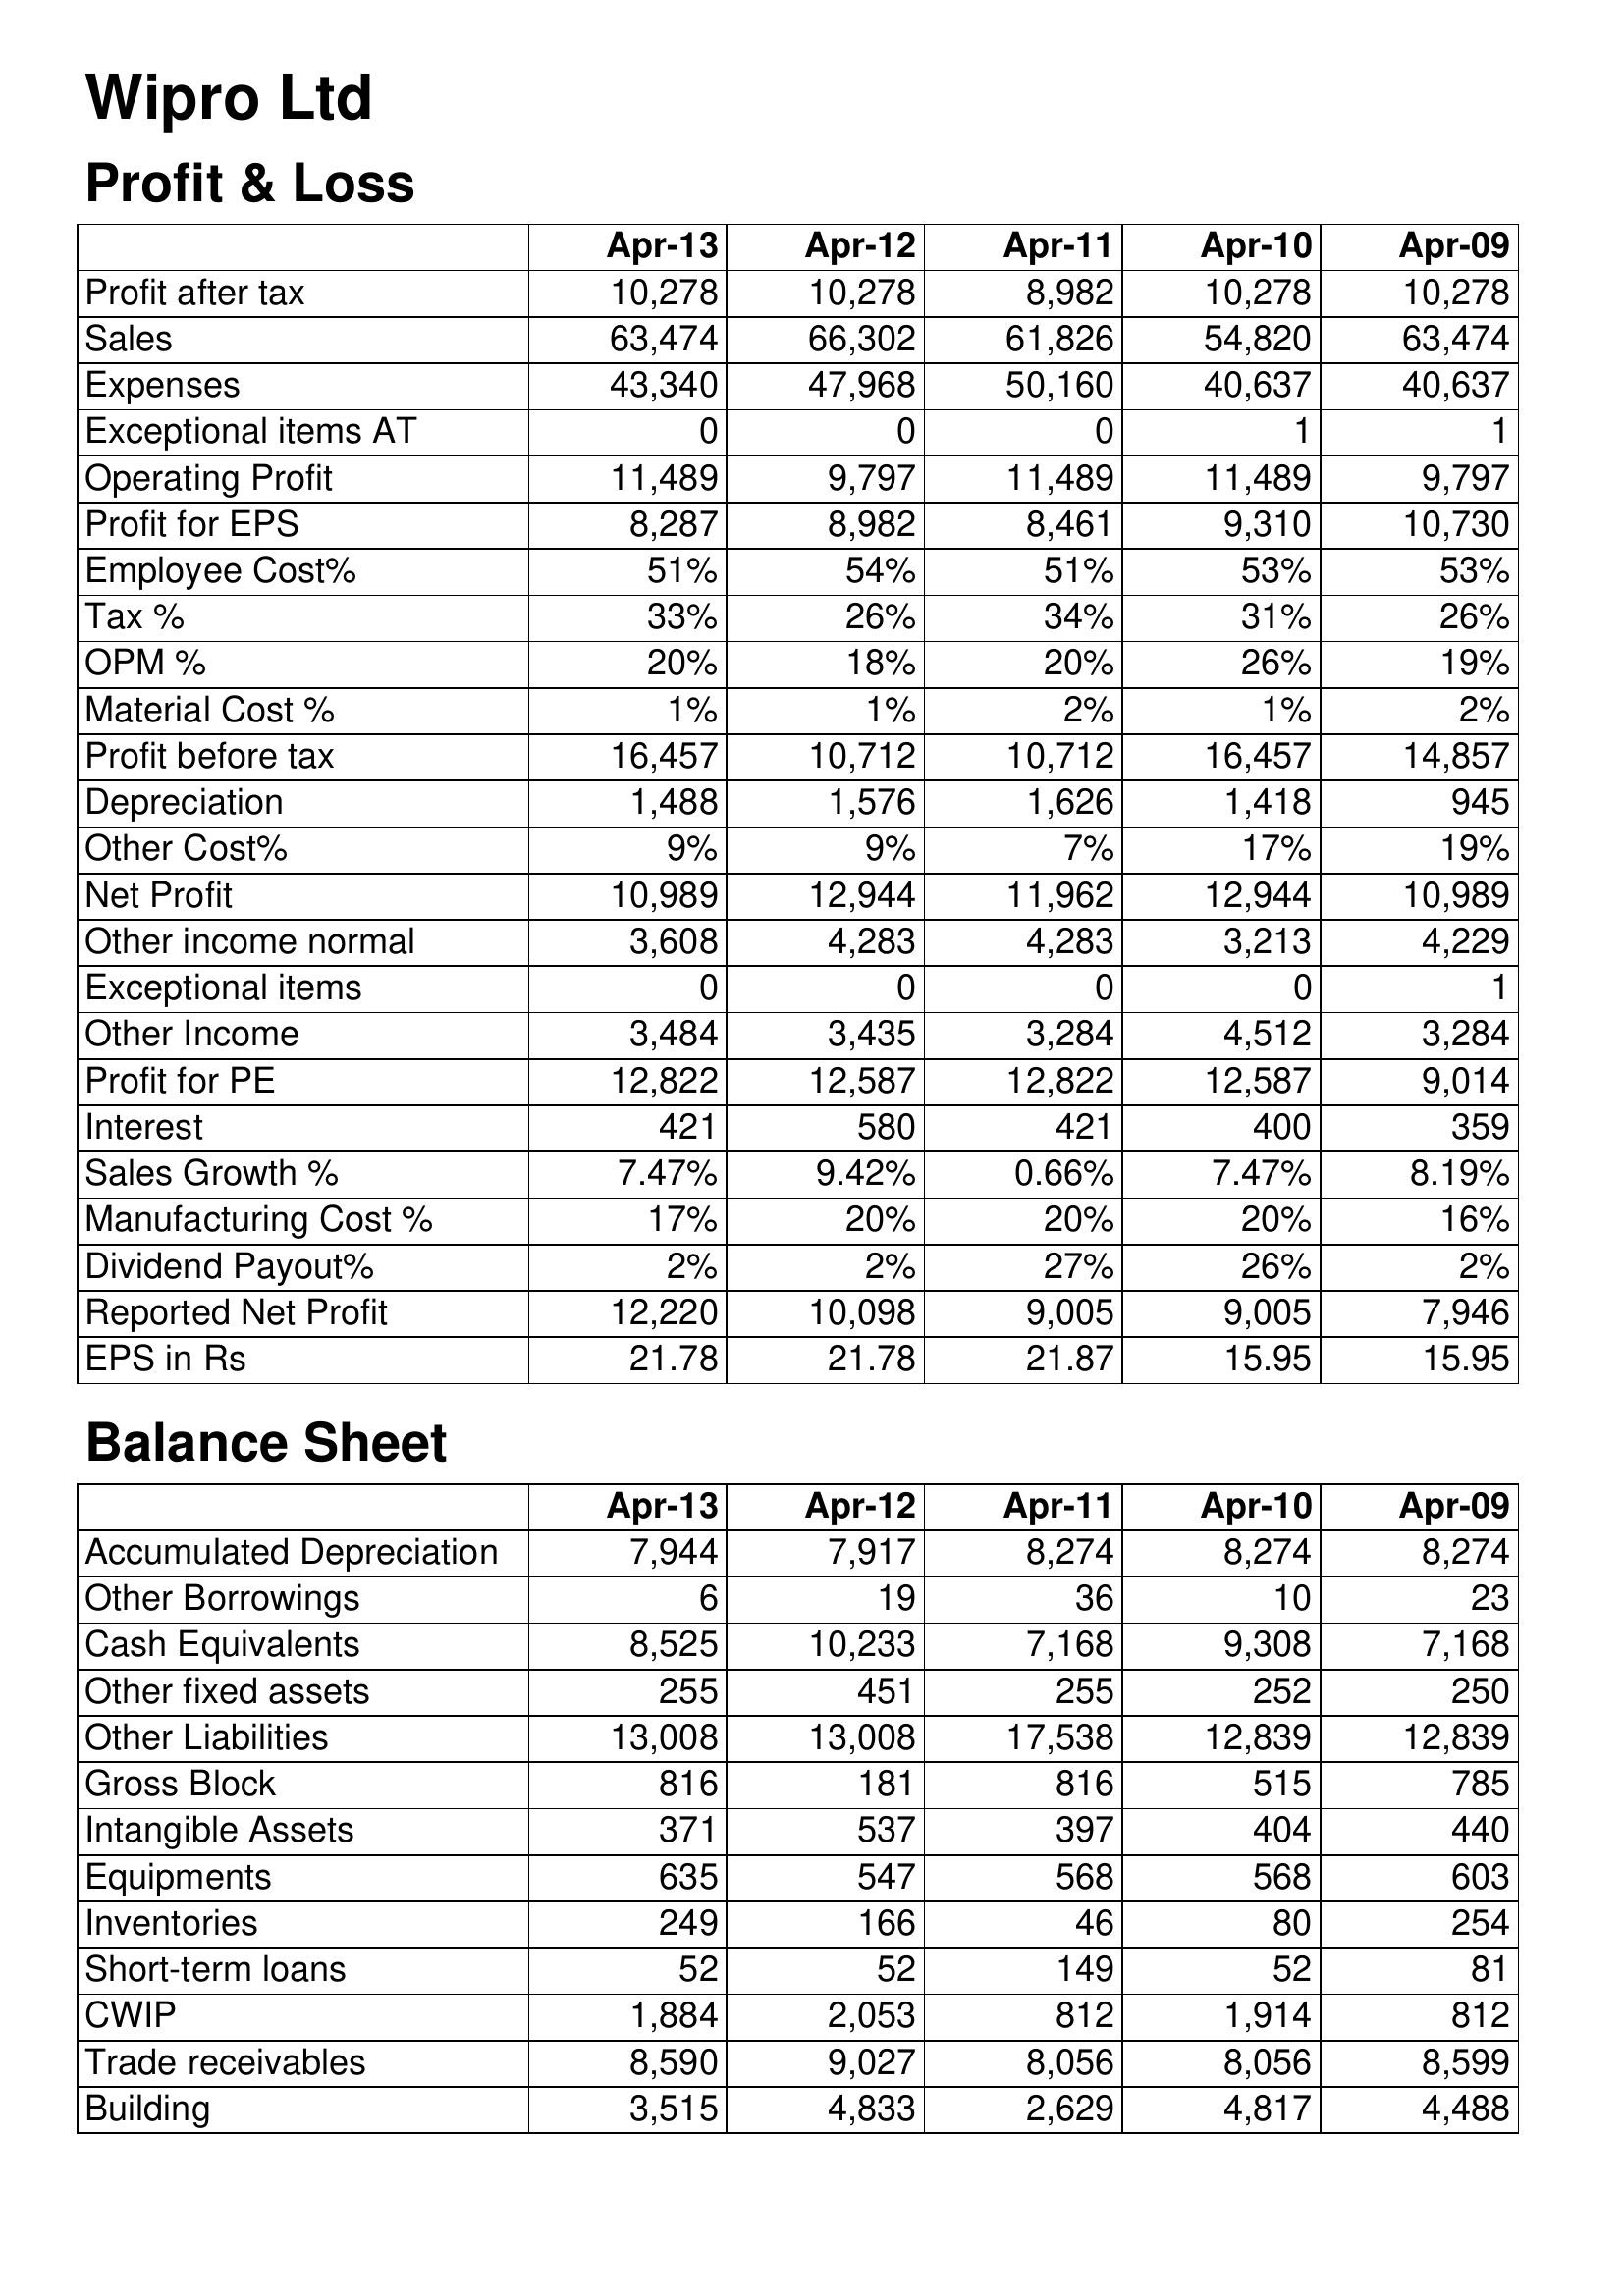
Apr-13: Profit & Loss: Profit after tax: 10,278
Sales: 63,474
Expenses: 43,340
Exceptional items AT: 0
Operating Profit: 11,489
Profit for EPS: 8,287
Employee Cost%: 51%
Tax %: 33%
OPM %: 20%
Material Cost %: 1%
Profit before tax: 16,457
Depreciation: 1,488
Other Cost%: 9%
Net Profit: 10,989
Other income normal: 3,608
Exceptional items: 0
Other Income: 3,484
Profit for PE: 12,822
Interest: 421
Sales Growth %: 7.47%
Manufacturing Cost %: 17%
Dividend Payout%: 2%
Reported Net Profit: 12,220
EPS in Rs: 21.78
Balance Sheet: Accumulated Depreciation: 7,944
Other Borrowings: 6
Cash Equivalents: 8,525
Other fixed assets: 255
Other Liabilities: 13,008
Gross Block: 816
Intangible Assets: 371
Equipments: 635
Inventories: 249
Short-term loans: 52
CWIP: 1,884
Trade receivables: 8,590
Building: 3,515
Apr-12: Profit & Loss: Profit after tax: 10,278
Sales: 66,302
Expenses: 47,968
Exceptional items AT: 0
Operating Profit: 9,797
Profit for EPS: 8,982
Employee Cost%: 54%
Tax %: 26%
OPM %: 18%
Material Cost %: 1%
Profit before tax: 10,712
Depreciation: 1,576
Other Cost%: 9%
Net Profit: 12,944
Other income normal: 4,283
Exceptional items: 0
Other Income: 3,435
Profit for PE: 12,587
Interest: 580
Sales Growth %: 9.42%
Manufacturing Cost %: 20%
Dividend Payout%: 2%
Reported Net Profit: 10,098
EPS in Rs: 21.78
Balance Sheet: Accumulated Depreciation: 7,917
Other Borrowings: 19
Cash Equivalents: 10,233
Other fixed assets: 451
Other Liabilities: 13,008
Gross Block: 181
Intangible Assets: 537
Equipments: 547
Inventories: 166
Short-term loans: 52
CWIP: 2,053
Trade receivables: 9,027
Building: 4,833
Apr-11: Profit & Loss: Profit after tax: 8,982
Sales: 61,826
Expenses: 50,160
Exceptional items AT: 0
Operating Profit: 11,489
Profit for EPS: 8,461
Employee Cost%: 51%
Tax %: 34%
OPM %: 20%
Material Cost %: 2%
Profit before tax: 10,712
Depreciation: 1,626
Other Cost%: 7%
Net Profit: 11,962
Other income normal: 4,283
Exceptional items: 0
Other Income: 3,284
Profit for PE: 12,822
Interest: 421
Sales Growth %: 0.66%
Manufacturing Cost %: 20%
Dividend Payout%: 27%
Reported Net Profit: 9,005
EPS in Rs: 21.87
Balance Sheet: Accumulated Depreciation: 8,274
Other Borrowings: 36
Cash Equivalents: 7,168
Other fixed assets: 255
Other Liabilities: 17,538
Gross Block: 816
Intangible Assets: 397
Equipments: 568
Inventories: 46
Short-term loans: 149
CWIP: 812
Trade receivables: 8,056
Building: 2,629
Apr-10: Profit & Loss: Profit after tax: 10,278
Sales: 54,820
Expenses: 40,637
Exceptional items AT: 1
Operating Profit: 11,489
Profit for EPS: 9,310
Employee Cost%: 53%
Tax %: 31%
OPM %: 26%
Material Cost %: 1%
Profit before tax: 16,457
Depreciation: 1,418
Other Cost%: 17%
Net Profit: 12,944
Other income normal: 3,213
Exceptional items: 0
Other Income: 4,512
Profit for PE: 12,587
Interest: 400
Sales Growth %: 7.47%
Manufacturing Cost %: 20%
Dividend Payout%: 26%
Reported Net Profit: 9,005
EPS in Rs: 15.95
Balance Sheet: Accumulated Depreciation: 8,274
Other Borrowings: 10
Cash Equivalents: 9,308
Other fixed assets: 252
Other Liabilities: 12,839
Gross Block: 515
Intangible Assets: 404
Equipments: 568
Inventories: 80
Short-term loans: 52
CWIP: 1,914
Trade receivables: 8,056
Building: 4,817
Apr-09: Profit & Loss: Profit after tax: 10,278
Sales: 63,474
Expenses: 40,637
Exceptional items AT: 1
Operating Profit: 9,797
Profit for EPS: 10,730
Employee Cost%: 53%
Tax %: 26%
OPM %: 19%
Material Cost %: 2%
Profit before tax: 14,857
Depreciation: 945
Other Cost%: 19%
Net Profit: 10,989
Other income normal: 4,229
Exceptional items: 1
Other Income: 3,284
Profit for PE: 9,014
Interest: 359
Sales Growth %: 8.19%
Manufacturing Cost %: 16%
Dividend Payout%: 2%
Reported Net Profit: 7,946
EPS in Rs: 15.95
Balance Sheet: Accumulated Depreciation: 8,274
Other Borrowings: 23
Cash Equivalents: 7,168
Other fixed assets: 250
Other Liabilities: 12,839
Gross Block: 785
Intangible Assets: 440
Equipments: 603
Inventories: 254
Short-term loans: 81
CWIP: 812
Trade receivables: 8,599
Building: 4,488